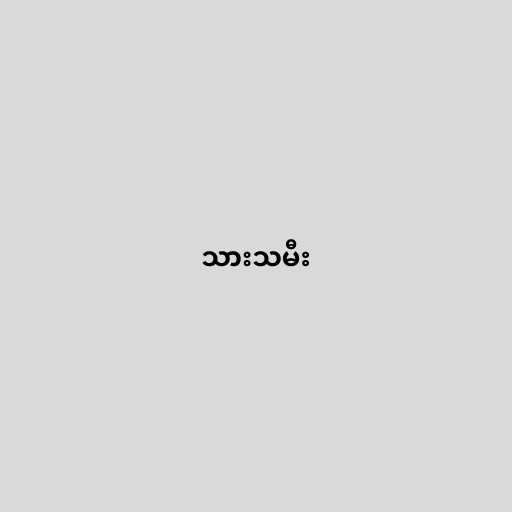
သားသမီး